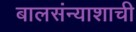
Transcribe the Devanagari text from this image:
बालसंन्याशाची